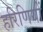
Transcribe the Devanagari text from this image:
हरिणियों